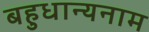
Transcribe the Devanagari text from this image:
बहुधान्यनाम